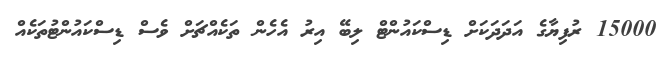
15000 ރުފިޔާގެ އަދަދަކަށް ޑިސްކައުންޓް ލިބޭ އިރު އެހެން ތަކެއްޗަށް ވެސް ޑިސްކައުންޓުތަކެއް